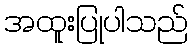
အထူးပြုပါသည်